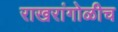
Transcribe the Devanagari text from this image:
राखरांगोळीच